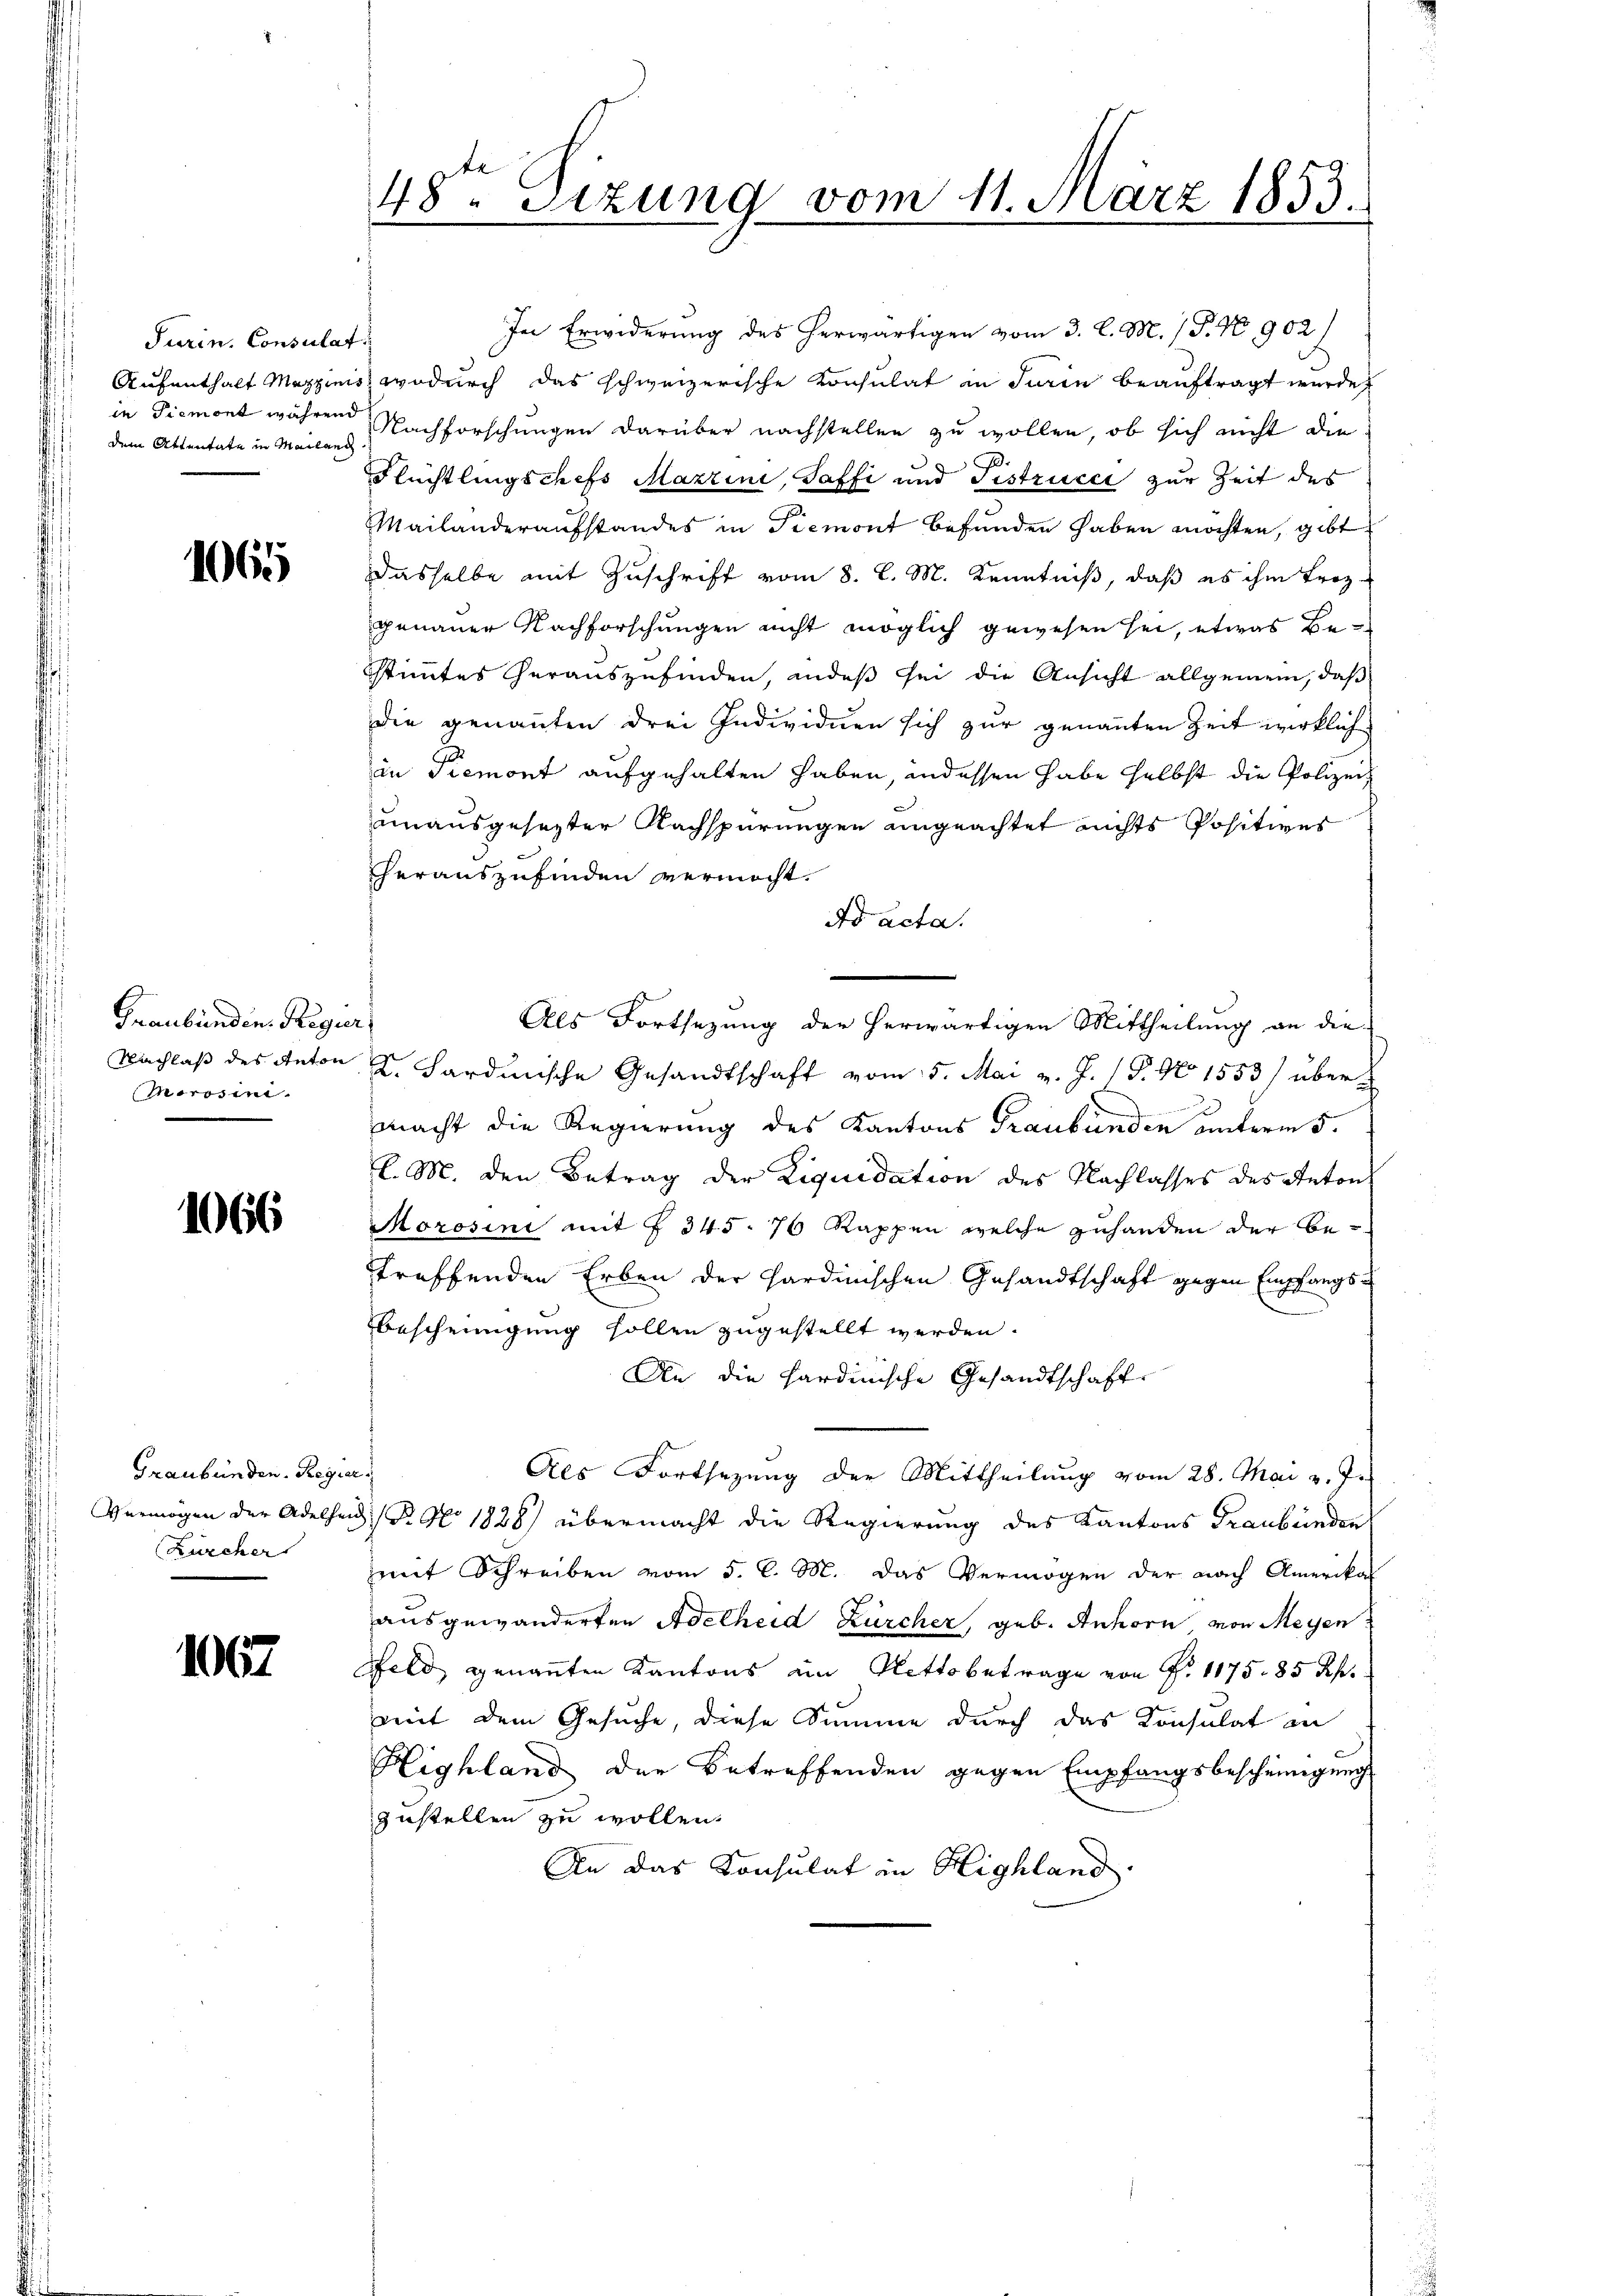
Turin, Consulat
Aufenthalt Mazzinis
in Piemont während
dem Attentate in Mailand

1065

Graubünden. Regier
Nachlaß des Anton
Morosen.

1066

Graubünden. Regier
Vermögen der Adelhen
Kürcher

1067.

E

48. Sitzung vom 11. März 1853.
.

In Erwiderung des herwärtigen vom 3. l. M. / P. No 902/
wodurch das schweizerische Konsulat in Turin beauftragt wurde,
Nachforschungen darüber nachstellen zu wollen, ob sich nicht die
.
Fluchtlingschefs Mazzini, Toffi und Fistrucca zur Zeit des
Mailanderaufstandes in Piemont befunden haben möchten, gibt
dasselbe mit Zuschrift vom 8. l. M. Kenntniß, daß es ihm troz-
genauer Nachforschungen nicht möglich gewesen sei, etwas Bestimmtes herauszufinden, indeß sei die Ansicht allgemein, daß
Die genannten drei Individuen sich zur genannten Zeit wirklich
an Piemont aufgehalten haben indessen habe selbst die Polizeiunausgesetzter Nachspürungen angeachtet nichts Positives
herauszufinden vermocht.
ds acta.
Als Fortsezung der herwärtigen Mittheilung an die
K. Sardinische Gesandtschaft vom 5. Mai v. J. 18. No 1553/ über
mmacht die Regierung des Kantons Graubünden unterm 5.
l. M. den Betrag der Liquidation des Nachlasses des Anton
Morosini mit § 345. 76 Kappen welche zuhanden der Be-
troffenden Erben der sardinischen Gesandtschaft gegen Empfangs¬
Bescheinigung sollen zugestellt werden.
An die hardinische Gesandtschafte
Als Fortsezung der Mittheilung vom 28. Mai v. J.
B. No. 1828) übermacht die Regierung des Kantons Graubünden
mit Schreiben vom 5. C. M. das Vermögen der nach Amerikal
ausgewanderten Adelheid Zürcher, geb. Anhorn, von Meyen
Feld genannten Kantons im Nettobetrage von Fr. 1175. 85 Rp.
mit dem Gesuche, diese Summe durch das Konsulat an
Highland der Betreffenden gegen Empfangsbescheinigung
zustellen zu wollen.
An das Konsulat in Highland.